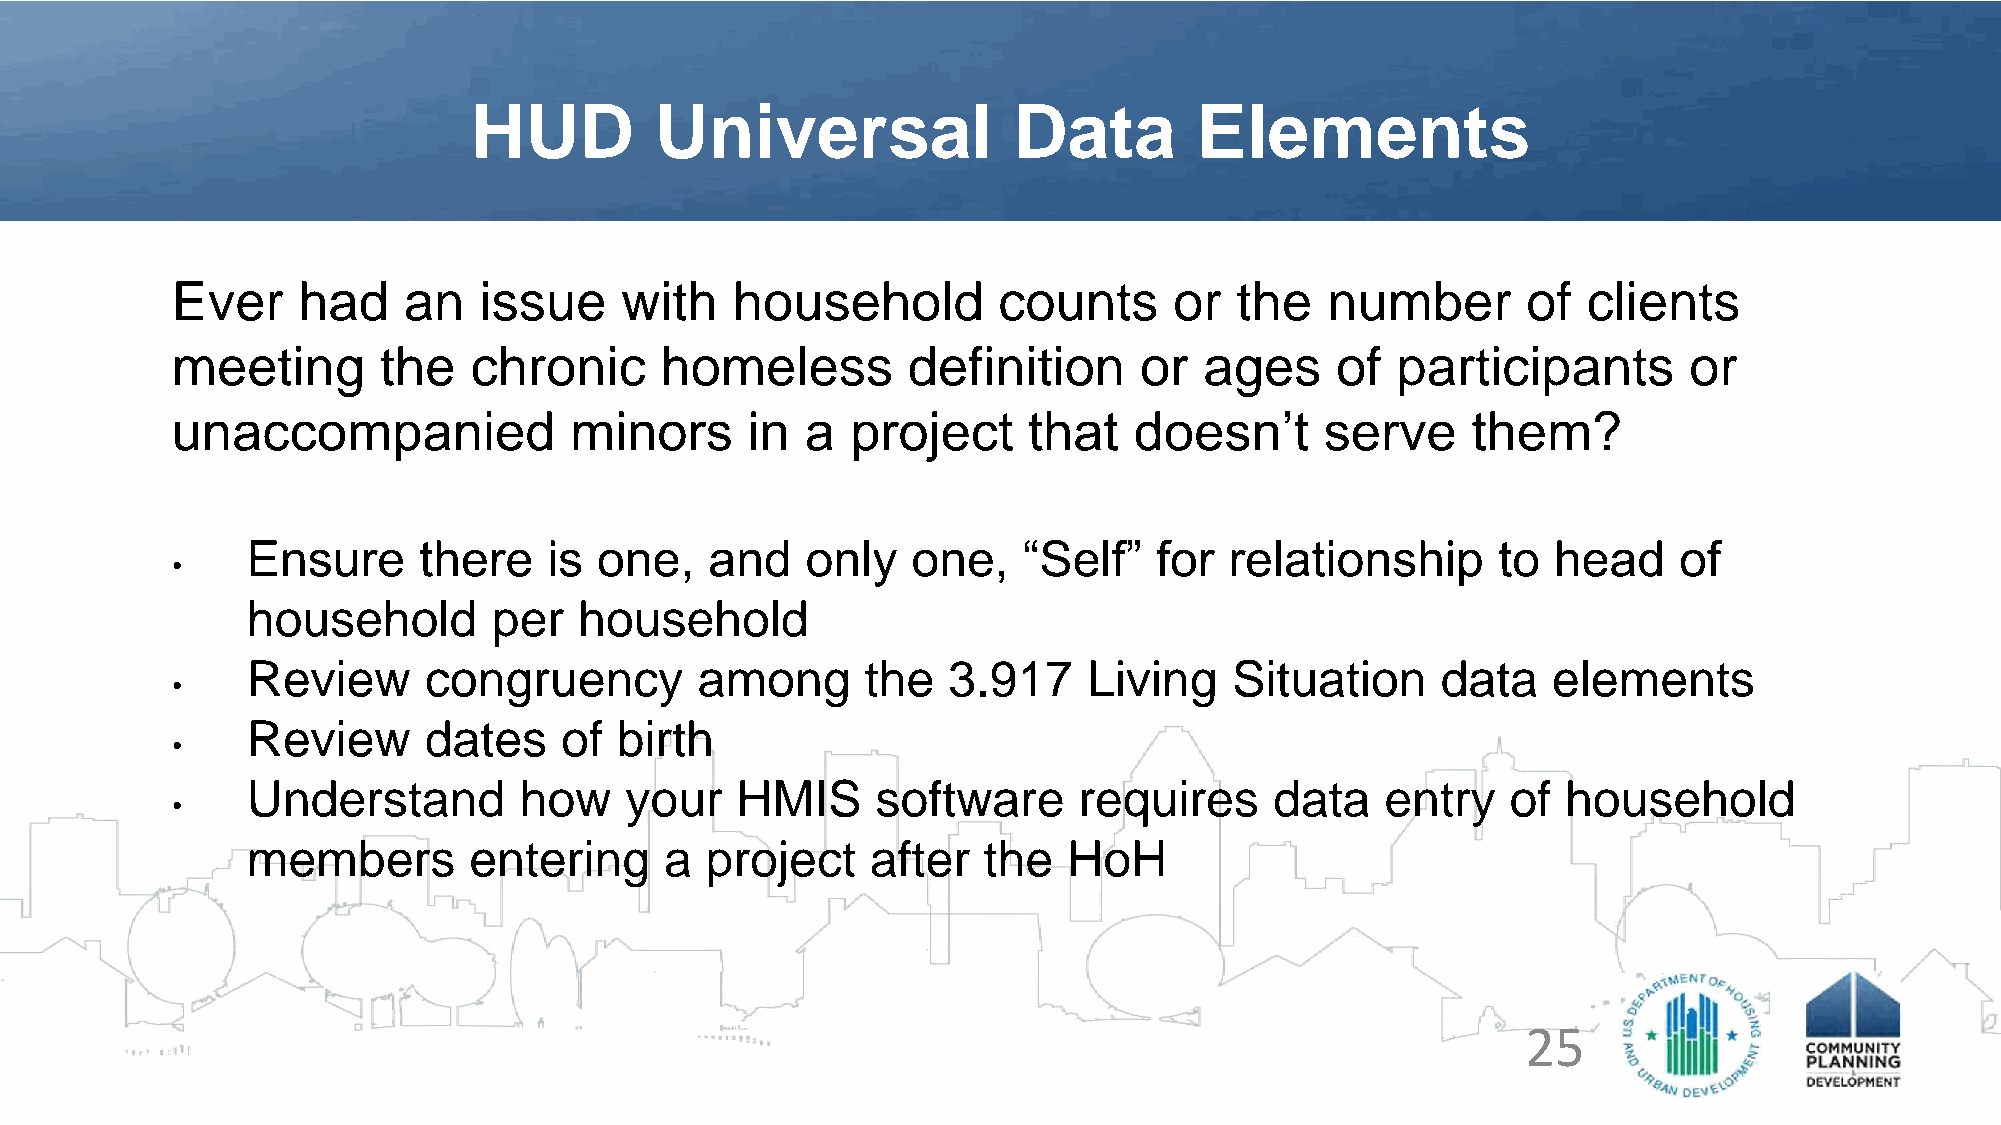
HUD         Universal               Data        Elements
 Ever     had    an   issue    with   household         counts      or  the   number       of  clients
 meeting       the   chronic      homeless        definition     or   ages    of  participants        or
 unaccompanied              minors     in  a  project     that   doesn’t      serve    them?
 Ensure      there   is  one,   and   only   one,    “Self”   for relationship      to  head    of
 •
 household        per  household
 Review      congruency        among      the   3.917    Living    Situation    data    elements
 •
 Review      dates    of  birth
 •
 Understand        how    your    HMIS     software     requires     data    entry   of  household
 •
 members        entering     a  project    after  the   HoH
 25